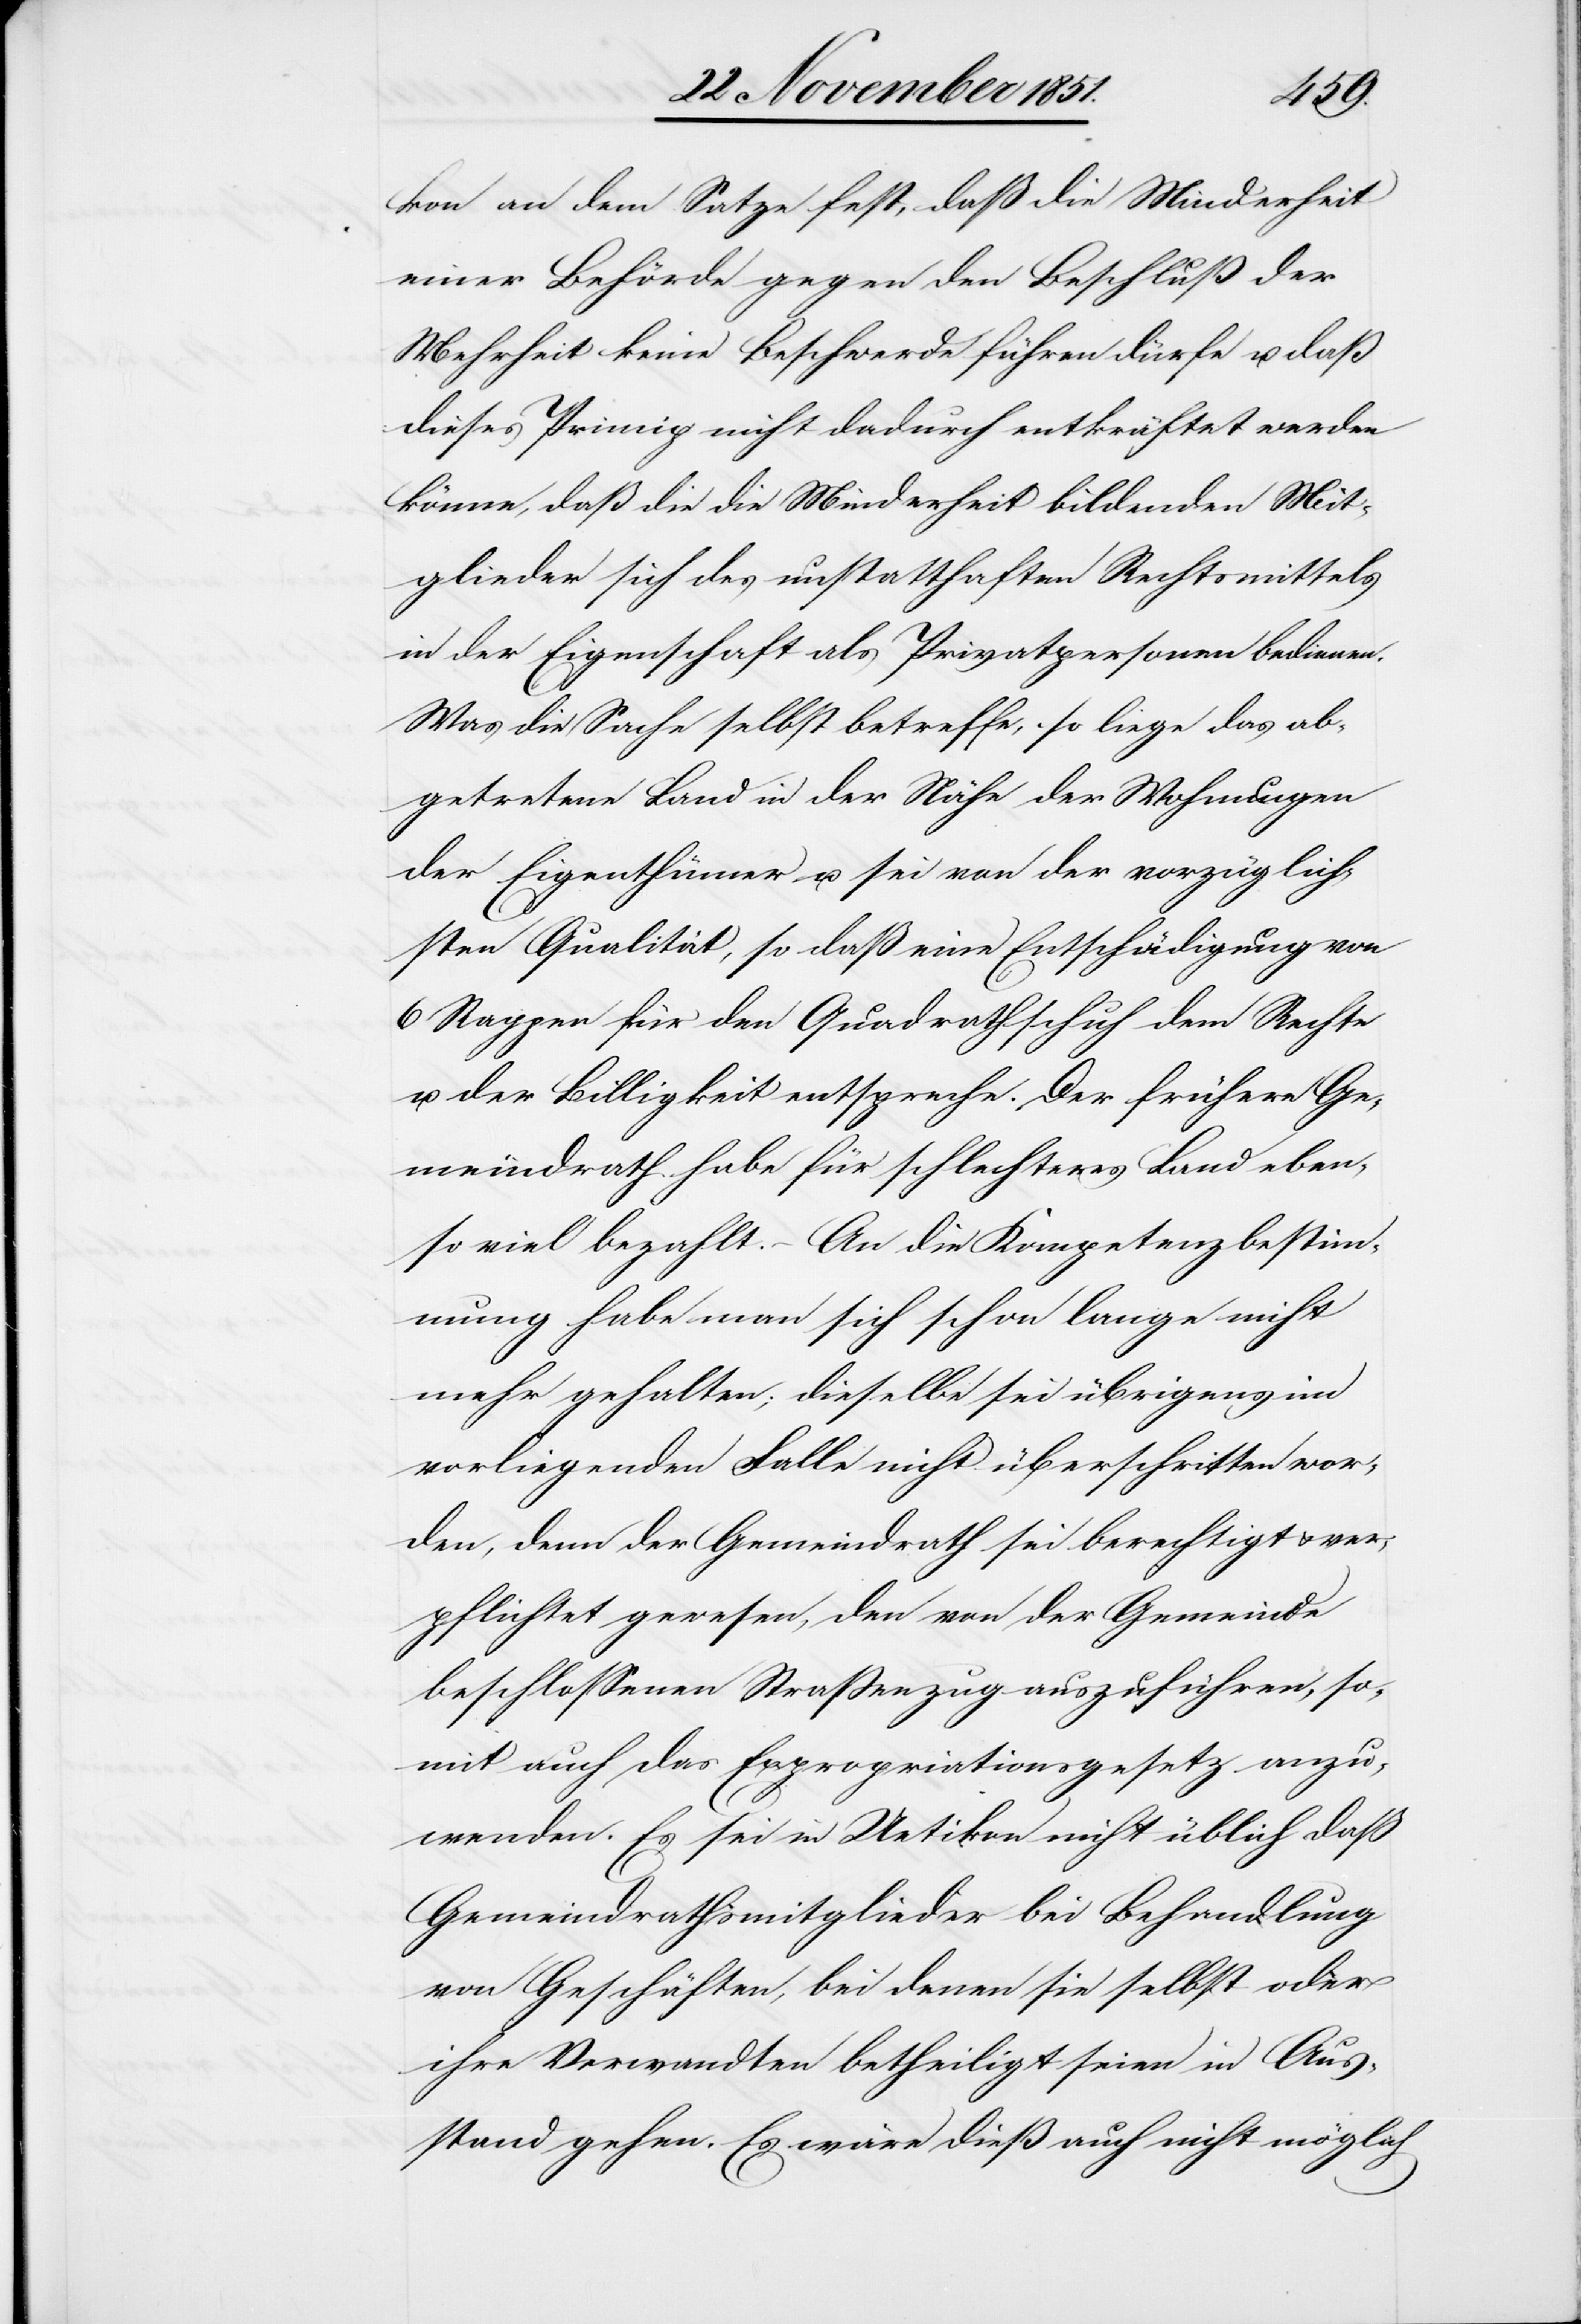
kon an dem Satze fest, daß die Minderheit
einer Behörde gegen den Beschluß der
Mehrheit keine Beschwerde führen dürfe u. daß
dieses Princip nicht dadurch entkräftet werden
könne, daß die die Minderheit bildenden Mit¬
glieder sich des unstatthaften Rechtsmittels
in der Eigenschaft als Privatpersonen bedienen.
Was die Sache selbst betreffe, so liege das ab¬
getretene Land in der Nähe der Wohnungen
der Eigenthümer u. sei von der vorzüglich¬
sten Qualität, so daß eine Entschädigung von
6 Rappen für den Quadrathschuh dem Rechte
u. der Billigkeit entspreche. Der frühere Ge¬
meindrath habe für schlechteres Land eben¬
so viel bezahlt. – An die Kompetenzbestim¬
mung habe man sich schon lange nicht
mehr gehalten; dieselbe sei übrigens im
vorliegenden Falle nicht überschritten wor¬
den, denn der Gemeindrath sei berechtigt & ver¬
pflichtet gewesen, den von der Gemeinde
beschlossenen Straßenzug auszuführen, so¬
mit auch das Expropriationsgesetz anzu¬
wenden. Es sei in Uetikon nicht üblich daß
Gemeindrathsmitglieder bei Behandlung
von Geschäften, bei denen sie selbst oder
ihre Verwandten betheiligt seien in Aus¬
stand gehen. Es wäre dieß auch nicht möglich